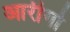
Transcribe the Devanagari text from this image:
आर्रीगो